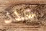
عدد